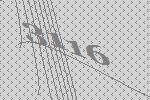
3116